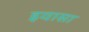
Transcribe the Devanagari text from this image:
इवासा